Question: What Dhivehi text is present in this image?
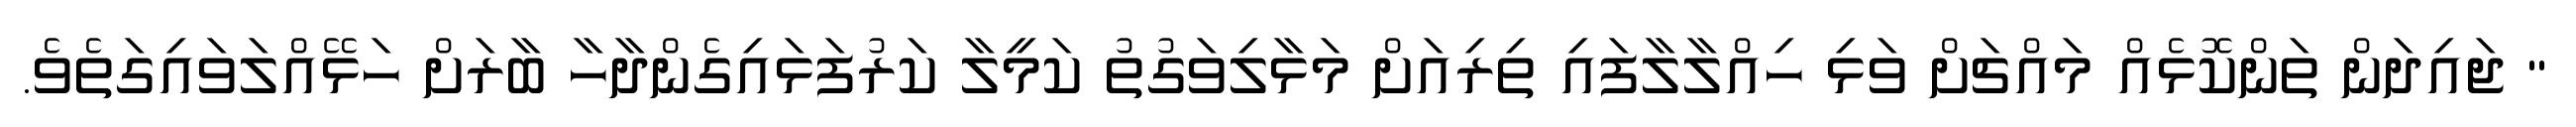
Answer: " ޖައިދަން ތަންކޮޅެއް މައްޗަށް ވަޅި ހިއްލާލާފައި ތިރިއަށް މަޅާލިވަގުތު ކަމީލާ ކަރުފަޅައިގެންދާހާ ބާރަށް ހަޅޭއްލަވައިގަތެވެ.